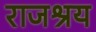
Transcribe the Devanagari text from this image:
राजश्रय